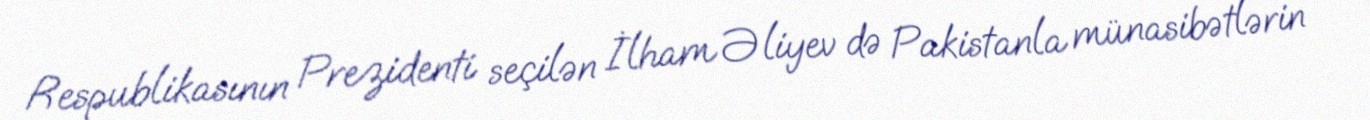
Respublikasının Prezidenti seçilən İlham Əliyev də Pakistanla münasibətlərin